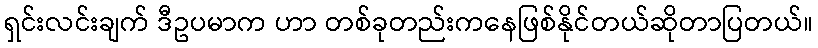
ရှင်းလင်းချက် ဒီဥပမာက ဟာ တစ်ခုတည်းကနေဖြစ်နိုင်တယ်ဆိုတာပြတယ်။